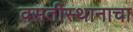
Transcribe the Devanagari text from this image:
वसतीस्थानाचा